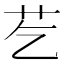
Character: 䒗